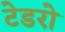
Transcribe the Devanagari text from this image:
टेडरो